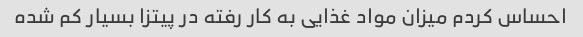
احساس کردم میزان مواد غذایی به کار رفته در پیتزا بسیار کم شده